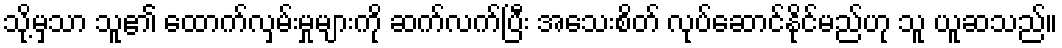
သို့မှသာ သူ၏ ထောက်လှမ်းမှုများကို ဆက်လက်ပြီး အသေးစိတ် လုပ်ဆောင်နိုင်မည်ဟု သူ ယူဆသည်။